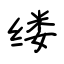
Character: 缕